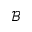
\mathcal { B }